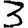
Digit: 3